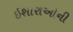
ઇશારાઓની